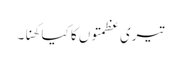
تیری عظمتوں کا کیا کھنا۔